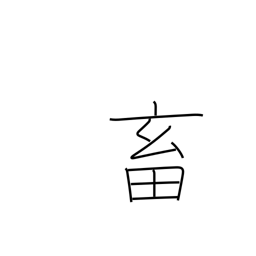
Meaning: domestic fowl and animals